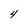
Character: 4